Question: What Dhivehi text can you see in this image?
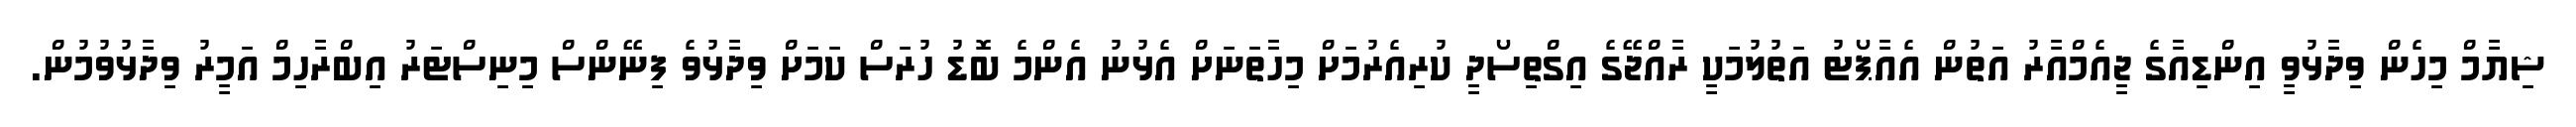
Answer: ޝިޔާމް މިހެން ވިދާޅުވީ އިންޑިއާގެ ޖީއެމްއާރު އަތުން އެއާޕޯޓު އަތުލުމަކީ ރާއްޖޭގެ އިގްތިސޯދީ ކުރިއެރުމަށް މިހާތަނަށް އެޅުނު އެންމެ ބޮޑު ހުރަސް ކަމަށް ވިދާޅުވެ ފިނޭންސް މިނިސްޓަރު އިބްރާހިމް އަމީރު ވިދާޅުވުމުން.